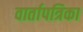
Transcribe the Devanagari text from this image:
वार्तापत्रिका